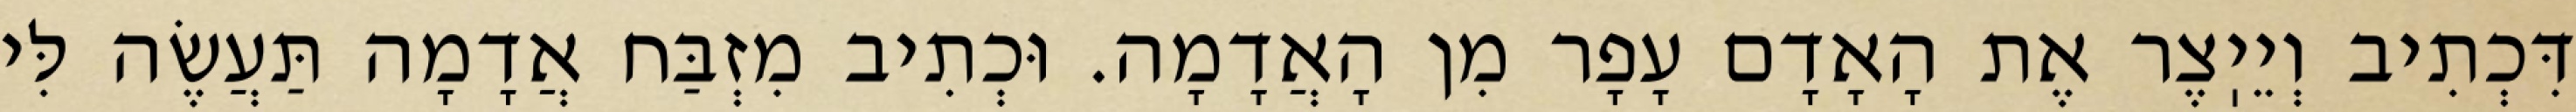
דִּכְתִיב וְיֵיֽצֶר אֶת הָאָדָם עָפָר מִן הָאֲדָמָה. וּכְתִיב מִזְבַּח אֲדָמָה תַּעֲשֶׂה לִּי